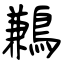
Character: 鶼